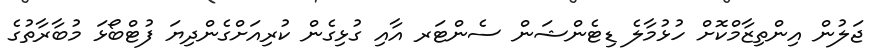
ޖަލުން އިންތިޒާމްކޮށް ހުޅުމާލެ ޑިޓެންޝަން ސެންޓަރ އާއި ގުޅިގެން ކުރިއަށްގެންދިޔަ ފުޓްބޯޅަ މުބާރާތުގެ